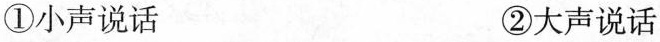
①小声说话 ②大声说话